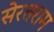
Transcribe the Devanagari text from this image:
सेरतराम